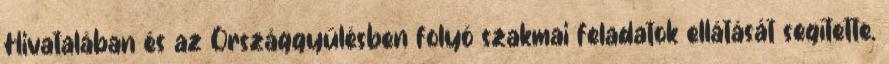
Hivatalában és az Országgyűlésben folyó szakmai feladatok ellátását segítette.